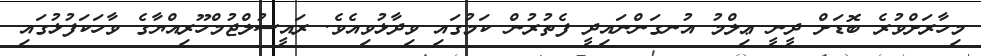
މިހާރަށްވުރެ ބޮޑަށް ދީނީ ޢިލްމު އުނގަންނައިދީ ފެތުރުން ކަމުގައި ވިދާޅުވިއެވެ. ރައީސުލްޖުމްހޫރިއްޔާގެ ވާހަކަފުޅުގައި